system: You are a helpful assistant.
user:
Analyze the provided spectrum to determine if it is a **Carbon Star (C-type)**.

- **Key Visual Indicators of Carbon Star:**
    - **(Primary):** Strong molecular absorption from **C₂ (diatomic carbon) "Swan Bands."** This is the **defining feature** of a carbon star.
        - **(Key Bandheads):** Sharp absorption edges are visible at approximately $5635$ Å, $5165$ Å (the strongest band), and $4737$ Å.
        - **(Line Profile):** Creates a distinct **"saw-tooth"** pattern. The key morphology is a sharp, steep bandhead on the **red (long-wavelength) side**, which then gradually tapers off (i.e., flux recovers) towards the **blue (short-wavelength) side**. *(This is the direct opposite of the TiO bands seen in M-type stars)*.

    - **(Secondary):** Intense **CN (cyanogen)** molecular absorption bands.
        - **(Key Bandheads):** Located in the blue and violet regions of the spectrum (e.g., near $4215$ Å and $3883$ Å).
        - **(Morphology):** These bands are extremely broad and act as a "blanket," absorbing the vast majority of blue and violet light. This creates a characteristic **"cliff"** or **"steep drop-off"** in the spectrum's flux at short wavelengths.

    - **(Key Confirmation):** Strong **CH absorption band (G-band)**.
        - **(Key Bandhead):** Located around $4300$ Å. The contribution from CH molecules to this band is exceptionally strong.

    - **(Overall Spectrum):**
        - The continuum is severely "chopped up" by these deep molecular bands, especially C₂, rather than appearing as a smooth curve.
        - Due to the heavy CN and C₂ absorption in the blue-green, the vast majority of the star's flux is concentrated in the red part of the spectrum, giving the star its characteristic deep red color.

Think first, call **spectral_visualization_tool** if needed to examine features in detail, then provide your final answer. Your response must adhere to the following strict rules:
1.  **Overall Structure:** Your response must follow the format `<think>...</think> <tool_call>...</tool_call> (if a tool is used) <answer>...</answer>`.
2.  **Tool Usage Constraint:** You may only make **one** tool call per turn.
3.  **Final Answer Format:** In the `<answer>` tag, your conclusion must be inside a `\boxed{}` command (e.g., `\boxed{YES}`), followed by your justification.

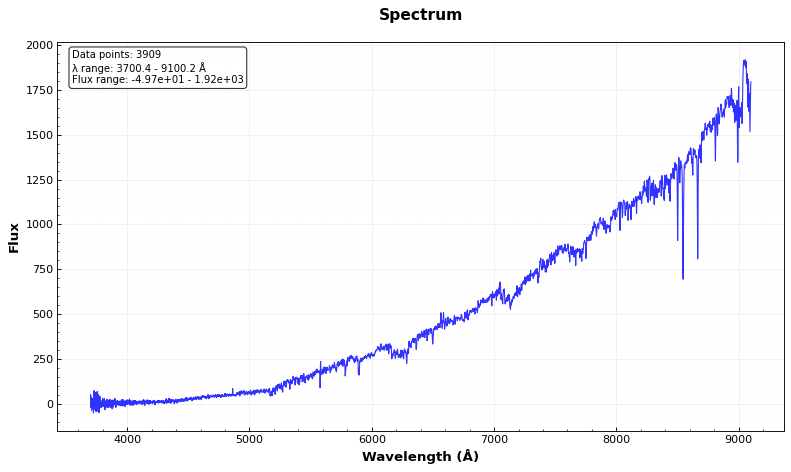
Answer: NO